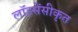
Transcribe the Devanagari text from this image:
लॉइसेंसीकृत